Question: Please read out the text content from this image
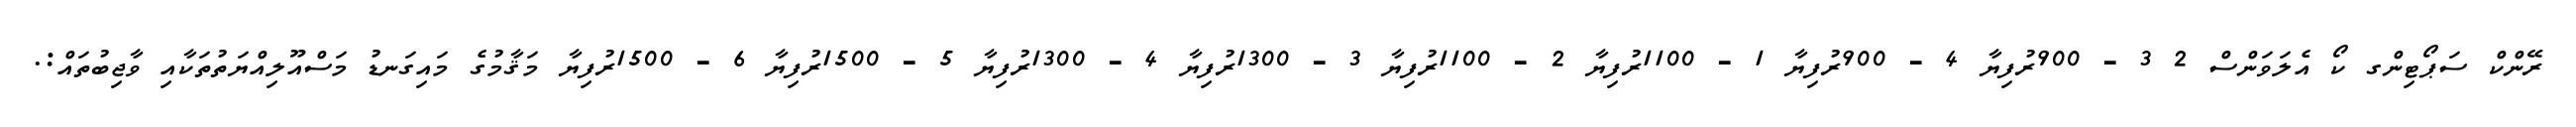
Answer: ރޭންކް ސަޕޯޓިންގ ކޯ އެލަވަންސް 2 3 - 900ރުފިޔާ 4 - 900ރުފިޔާ 1 - 1100ރުފިޔާ 2 - 1100ރުފިޔާ 3 - 1300ރުފިޔާ 4 - 1300ރުފިޔާ 5 - 1500ރުފިޔާ 6 - 1500ރުފިޔާ މަޤާމުގެ މައިގަނޑު މަސްއޫލިއްޔަތުތަކާއި ވާޖިބުތައް:.